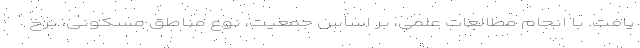
یافت. با انجام مطالعات علمی، بر اساس جمعیت، نوع مناطق مسکونی، برخ